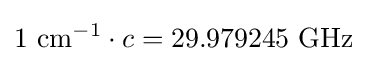
1~\mathrm {cm} ^{-1}\cdot c=29.979245~\mathrm {GHz}